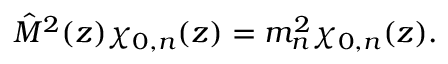
\hat { M } ^ { 2 } ( z ) \chi _ { 0 , n } ( z ) = m _ { n } ^ { 2 } \chi _ { 0 , n } ( z ) .